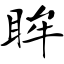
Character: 眸